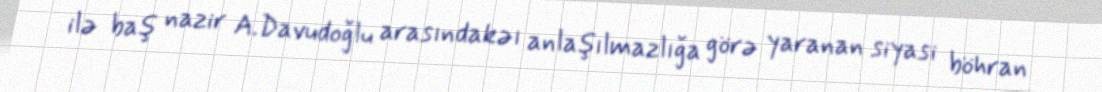
ilə baş nazir A.Davudoğlu arasındakəı anlaşılmazlığa görə yaranan siyasi böhran